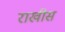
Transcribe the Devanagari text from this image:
राखीस